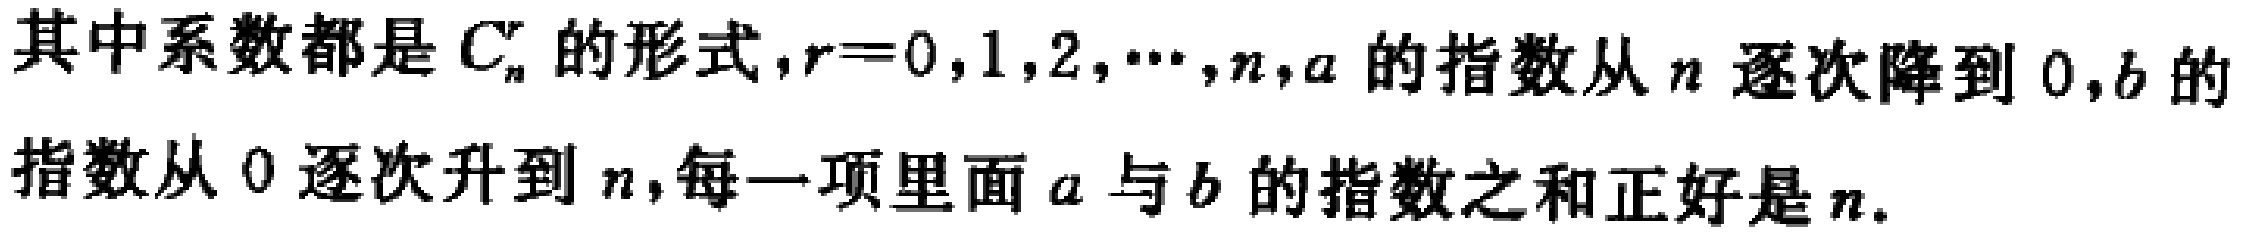
其中系数都是 \(C_{n}^{r}\) 的形式，\(r = 0,1,2,\cdots,n\)，\(a\) 的指数从 \(n\) 逐次降到 \(0\)，\(b\) 的指数从 \(0\) 逐次升到 \(n\)，每一项里面 \(a\) 与 \(b\) 的指数之和正好是 \(n\)。